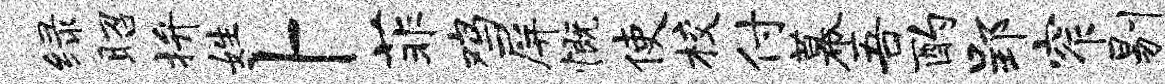
绿昭拚姓卜菲鸡屏慨使校付幕吾酌郢窄剔